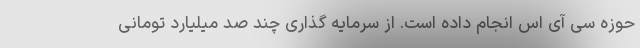
حوزه سی آی اس انجام داده است. از سرمایه گذاری چند صد میلیارد تومانی